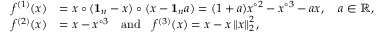
\begin{array} { r l } { f ^ { ( 1 ) } ( x ) } & { = x \circ ( \mathbf 1 _ { n } - x ) \circ ( x - \mathbf 1 _ { n } a ) = ( 1 + a ) x ^ { \circ 2 } - x ^ { \circ 3 } - a x , \quad a \in \mathbb R , } \\ { f ^ { ( 2 ) } ( x ) } & { = x - x ^ { \circ 3 } \quad \mathrm { a n d } \quad f ^ { ( 3 ) } ( x ) = x - x \left\| x \right\| _ { 2 } ^ { 2 } , } \end{array}